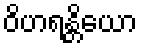
ဝိဟရန္တိယော